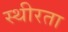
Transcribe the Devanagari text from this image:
स्थीरता